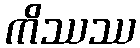
ကိဿဿ